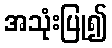
အသုံးပြု၍